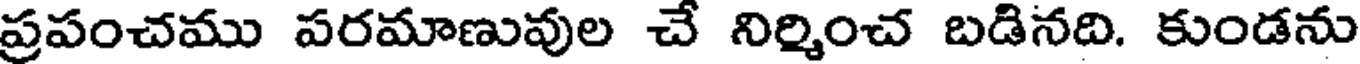
ప్రపంచము పరమాణువుల చే నిర్మించ బడినది. కుండను